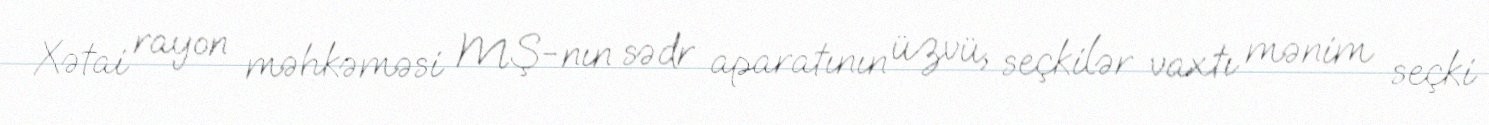
Xətai rayon məhkəməsi MŞ-nın sədr aparatının üzvü, seçkilər vaxtı mənim seçki